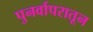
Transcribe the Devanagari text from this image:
पुनर्वापरातून